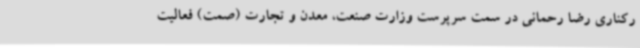
رکناری رضا رحمانی در سمت سرپرست وزارت صنعت، معدن و تجارت (صمت) فعالیت